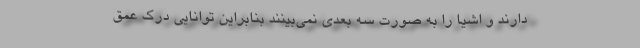
دارند و اشیا را به صورت سه بعدی نمی‌بینند بنابراین توانایی درک عمق